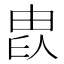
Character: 𤱫